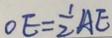
O E = \frac { 1 } { 2 } A E